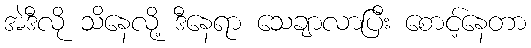
အဲဒီလို သိနေလို့ ဒီနေရာ သေချာလာပြီး စောင့်နေတာ